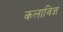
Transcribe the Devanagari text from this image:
कलाविज्ञ